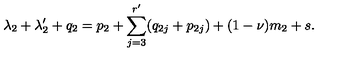
\lambda _ { 2 } + \lambda _ { 2 } ^ { \prime } + q _ { 2 } = p _ { 2 } + \sum _ { j = 3 } ^ { r ^ { \prime } } ( q _ { 2 j } + p _ { 2 j } ) + ( 1 - \nu ) m _ { 2 } + s .